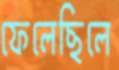
ফেলেছিলে